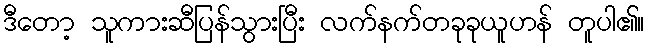
ဒီတော့ သူကားဆီပြန်သွားပြီး လက်နက်တခုခုယူဟန် တူပါ၏။